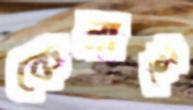
কেনাই